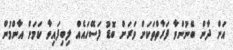
އަށް ދާން ބޭނުންވާ ފަރާތްތަކަށް ވަރަށް ބޮޑު ފަސޭހައެއް ލިބިފައިވާ ކަމަށް އާންމުން